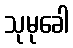
သုမုခေါ